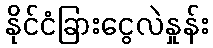
နိုင်ငံခြားငွေလဲနှုန်း